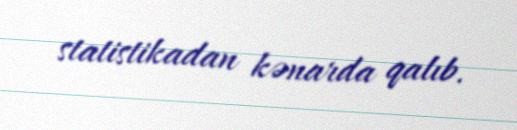
statistikadan kənarda qalıb.